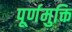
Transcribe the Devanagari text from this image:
पूर्णमुक्ति